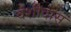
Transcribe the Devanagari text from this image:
वंशीदास